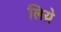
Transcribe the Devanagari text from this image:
लिय़े